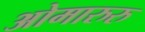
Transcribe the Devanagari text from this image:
ओमारुरु